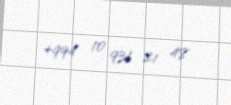
+994 10 931 21 48